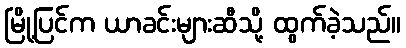
မြို့ပြင်က ယာခင်းများဆီသို့ ထွက်ခဲ့သည်။